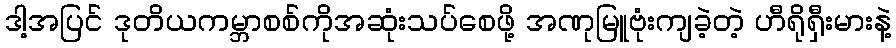
ဒါ့အပြင် ဒုတိယကမ္ဘာစစ်ကိုအဆုံးသပ်စေဖို့ အဏုမြူဗုံးကျခဲ့တဲ့ ဟီရိုရှီးမားနဲ့